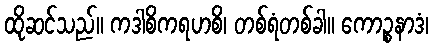
ထိုဆင်သည်။ ကဒါစိကရဟစိ၊ တစ်ရံတစ်ခါ။ ကောဉ္စနာဒံ၊